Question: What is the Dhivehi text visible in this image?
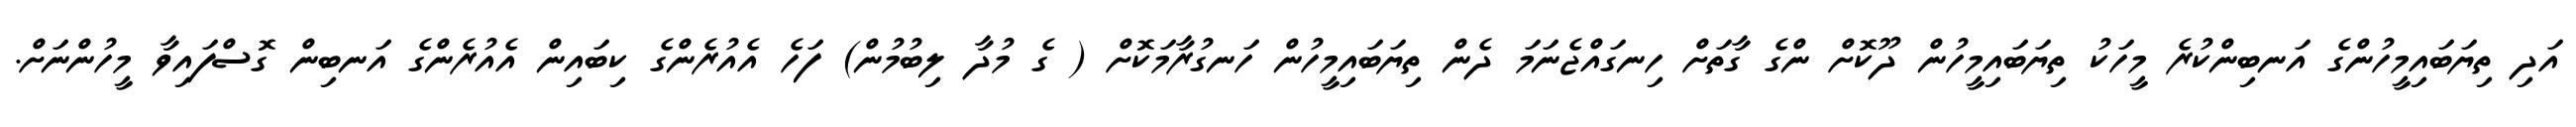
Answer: އަދި ތިޔަބައިމީހުންގެ އަނބިންކުރެ މީހަކު ތިޔަބައިމީހުން ދޫކޮށް ންގެ ގާތަށް ހިނގައްޖެނަމަ ދެން ތިޔަބައިމީހުން ހަނގުރާމަކޮށް ( ގެ މުދާ ލިބުމުން) ފަހެ އެއުރެންގެ ކިބައިން އެއުރެންގެ އަނބިން ގޮސްފައިވާ މީހުންނަށް.